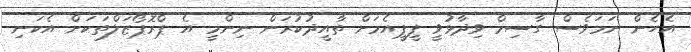
އެހެން ނަމަވެސް ގާސިމް ވިދާޅުވީ ޕީޕީއެމަށް ތާއީދުކުރަން ނިންމީ އެ ޕްރޮޕޯޒަލްތަކަށް އެކަނި